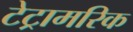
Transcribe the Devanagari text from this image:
टेट्रामरिक